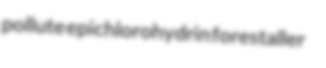
pollute epichlorohydrin forestaller